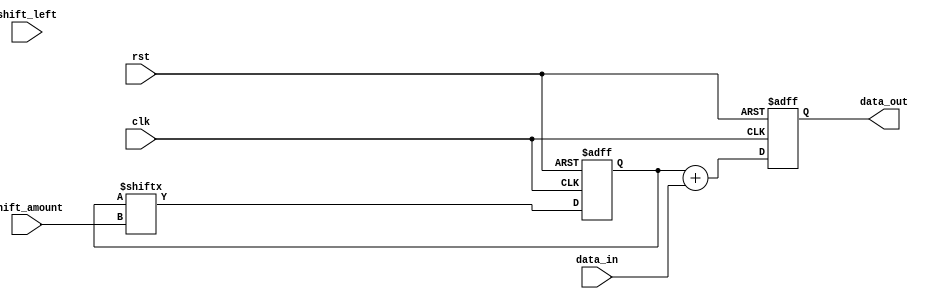
module shift_add_register (
    input clk,
    input rst,
    input [7:0] data_in,
    input shift_left,
    input [2:0] shift_amount,
    output reg [7:0] data_out
);

reg [7:0] shift_reg;

always @(posedge clk or posedge rst) begin
    if (rst) begin
        shift_reg <= 8'b0;
    end else begin
        if (shift_left) begin
            shift_reg <= {shift_reg[7 - shift_amount], shift_reg[7:shift_amount]};
        end else begin
            shift_reg <= {shift_reg[shift_amount - 1:0], shift_reg[7:shift_amount]};
        end
    end
end

always @(posedge clk or posedge rst) begin
    if (rst) begin
        data_out <= 8'b0;
    end else begin
        data_out <= shift_reg + data_in;
    end
end

endmodule